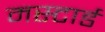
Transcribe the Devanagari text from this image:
मस्टार्ड